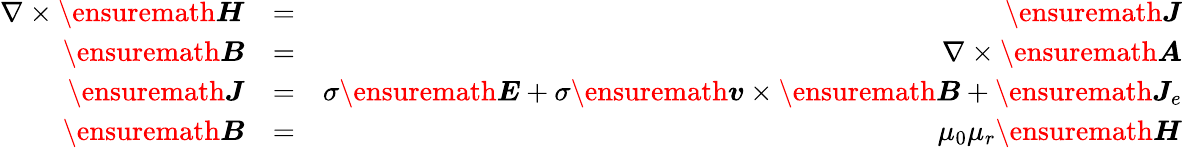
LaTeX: \begin{array}{rlr}{\nabla\times\ensuremath{\boldsymbol{H}}}&{=}&{\ensuremath{\boldsymbol{J}}}\\ {\ensuremath{\boldsymbol{B}}}&{=}&{\nabla\times\ensuremath{\boldsymbol{A}}}\\ {\ensuremath{\boldsymbol{J}}}&{=}&{\sigma\ensuremath{\boldsymbol{E}}+\sigma\ensuremath{\boldsymbol{v}}\times\ensuremath{\boldsymbol{B}}+\ensuremath{\boldsymbol{J}}_{e}}\\ {\ensuremath{\boldsymbol{B}}}&{=}&{\mu_{0}\mu_{r}\ensuremath{\boldsymbol{H}}}\end{array}